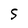
Character: S